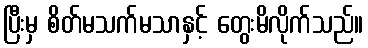
ပြီးမှ စိတ်မသက်မသာနှင့် တွေးမိလိုက်သည်။